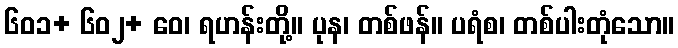
၆၀၁+ ၆၀၂+ ဝေ၊ ရဟန်းတို့။ ပုန၊ တစ်ဖန်။ ပရံစ၊ တစ်ပါးတုံသော။